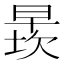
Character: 𬁄